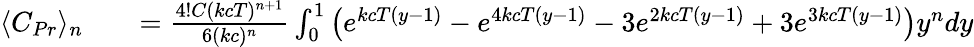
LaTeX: \begin{array}{rlr}{\langle C_{Pr}\rangle_{n}}&{{}}&{=\frac{4!C(kcT)^{n+1}}{6(kc)^{n}}\int_{0}^{1}\left(e^{kcT(y-1)}-e^{4kcT(y-1)}-3e^{2kcT(y-1)}+3e^{3kcT(y-1)}\right)y^{n}dy}\end{array}